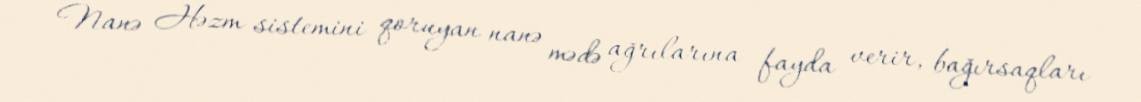
Nanə Həzm sistemini qoruyan nanə mədə ağrılarına fayda verir, bağırsaqları